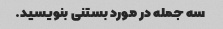
سه جمله در مورد بستنی بنویسید.